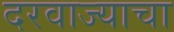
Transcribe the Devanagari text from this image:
दरवाज्याचा